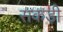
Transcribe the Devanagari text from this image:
सकड़ी